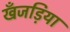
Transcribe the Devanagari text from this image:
खँजड़िया